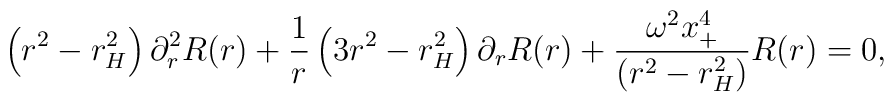
\left(r^2 - r_{H}^2\right) \partial_{r}^2 R(r) +  \frac{1}{r} \left(3r^2 -r_{H}^2\right) \partial_{r} R(r) +  \frac{\omega^2 x_{+}^4}{(r^2 -r_{H}^2)} R(r) =0,